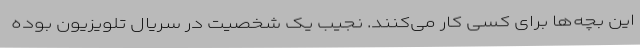
این بچه‌ها برای کسی کار می‌کنند. نجیب یک شخصیت در سریال تلویزیون بوده